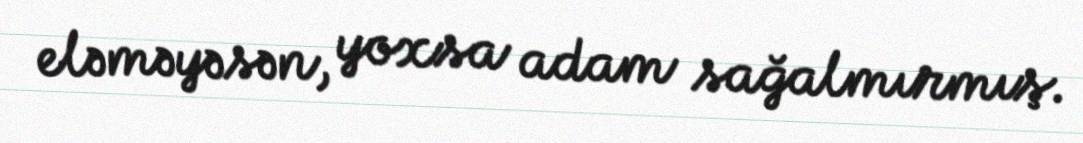
eləməyəsən, yoxsa adam sağalmırmış.